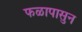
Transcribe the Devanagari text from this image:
फळापासुन